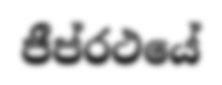
ජීප්රථයේ